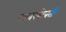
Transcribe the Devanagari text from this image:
व्यवस्थेप्रती